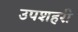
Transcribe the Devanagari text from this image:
उपशहरी